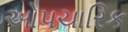
ઓપચારિક